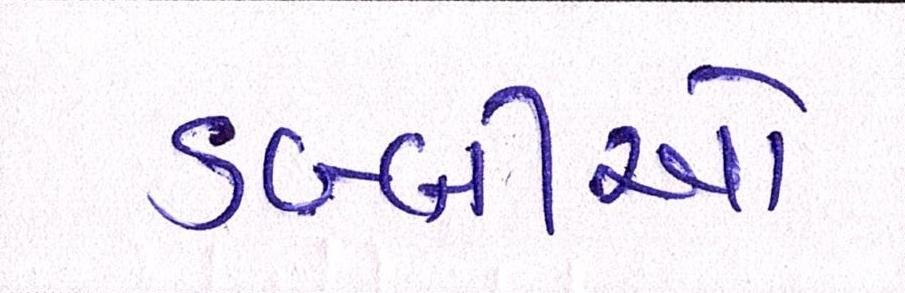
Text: ડબ્બીઓ